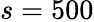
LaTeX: s=500